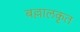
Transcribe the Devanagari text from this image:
बल्लालकृत